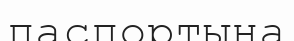
паспортына